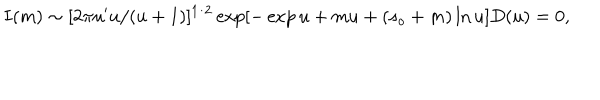
LaTeX: I ( m ) \sim [ 2 \pi u ^ { \prime } u / ( u + 1 ) ] ^ { 1 / 2 } \exp [ - \exp u + m u + ( s _ { o } + m ) \ln u ] D ( u ) = 0 ,